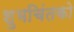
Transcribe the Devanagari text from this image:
शुभचिंतको